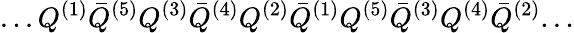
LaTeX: ...Q^{(1)}{\bar{Q}}^{(5)}Q^{(3)}{\bar{Q}}^{(4)}Q^{(2)}{\bar{Q}}^{(1)}Q^{(5)}{\bar{Q}}^{(3)}Q^{(4)}{\bar{Q}}^{(2)}...